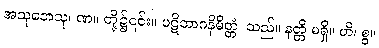
အသုဘေသု၊ ဏ။ တို့၌၎င်း။ ပဋိဘာဂနိမိတ္တံ၊ သည်။ နတ္တိ မရှိ။ ဟိ၊ စွ။